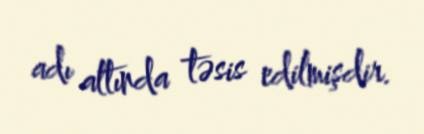
adı altında təsis edilmişdir.